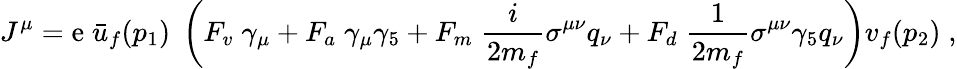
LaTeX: J^{\mu}=\mathrm{e}\; \bar{{u}}_{f}(p_{1})\; \left(F_{v}\; \gamma_{\mu}+F_{a}\; \gamma_{\mu}\gamma_{5}+F_{m}\; \frac{{i}}{{2m_{f}}}\sigma^{\mu\nu}q_{\nu}+F_{d}\; \frac{{1}}{{2m_{f}}}\sigma^{\mu\nu}\gamma_{5}q_{\nu}\right)v_{f}(p_{2})\; ,